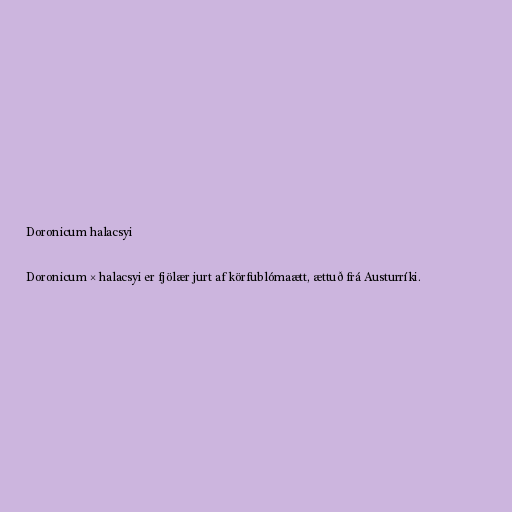
Doronicum halacsyi

Doronicum × halacsyi er fjölær jurt af körfublómaætt, ættuð frá Austurríki.